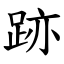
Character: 跡